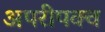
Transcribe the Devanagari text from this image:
अपरीपक्व